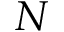
N